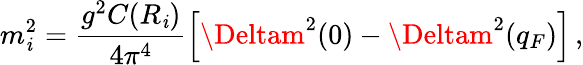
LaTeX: m_{\mathit{i}}^{2}=\frac{{g^{2}C(R_{\mathit{i}})}}{{4\pi^{4}}}\left[\Deltam^{2}(0)-\Deltam^{2}(q_{F})\right]\, ,